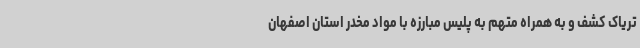
تریاک کشف و به همراه متهم به پلیس مبارزه با مواد مخدر استان اصفهان